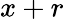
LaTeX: x+r